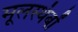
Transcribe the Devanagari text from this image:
मूलस्थंबों